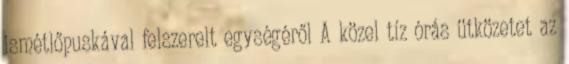
ismétlőpuskával felszerelt egységéről A közel tíz órás ütközetet az